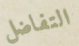
التفاضل